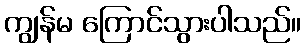
ကျွန်မ ကြောင်သွားပါသည်။